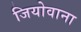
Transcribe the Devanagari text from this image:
जियोवाना